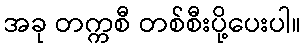
အခု တက္ကစီ တစ်စီးပို့ပေးပါ။